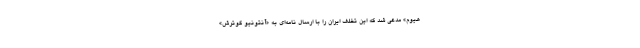
هیوم» مدعی شد که این تخلف ایران را با ارسال نامه‌ای به «آنتونیو گوترش»